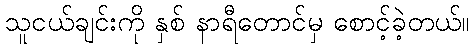
သူငယ်ချင်းကို နှစ် နာရီတောင်မှ စောင့်ခဲ့တယ်။